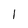
Character: 1